Observations on rabies - Number 36
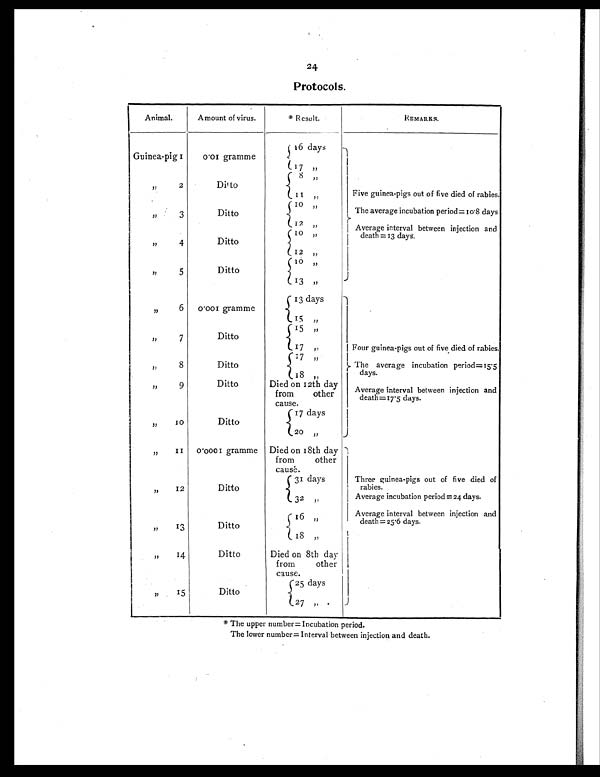
24
Protocols .
Animal.
Amount of virus.
* Result.
REMARKS.
Guinea-pig 1
0.01 gramme
16 days
17 , ,
, , 2
Ditto
8 , ,
1 1 „ Five guinea-pigs out of five died of rabies.
,,
3
Ditto
10 „
The average incubation period= 10.8 days
1 2
„
Average interval between injection and
death =13 days.
,,
4
Ditto
10 „
12 „
, , 5
Ditto
10 „
13 „
, , 6 0.001 gramme
13 days
15 „
,,
7
Ditto
, , 1 5
Four guinea-pigs out of five died of rabies.
17 „
,,
8
Ditto
17 ,,
The average incubation
p e r i o d = 1 5 . 5 d a y s .
1 8 , ,
,,
9
Ditto
Died on 12th day
from other
cause.
Average interval between injection and
death=17.5 days.
,,
10
Ditto
17 days
20 „
,,
11 0.0001 gramme Died on 18th day
from other
cause.
,,
12
Ditto
31 days
Three guinea pigs out of five died of
rabies.
3 2
, ,
Average incubation period =24 days.
,,
13
Ditto
16 „
Average interval between injection and
death =25.6 days.
18 , ,
,,
14
Ditto
Died on 8th day
from other
cause.
,,
15
Ditto
25 days
27 ,,
* The upper number = Incubation period.
The lower number= Interval between injection and death.